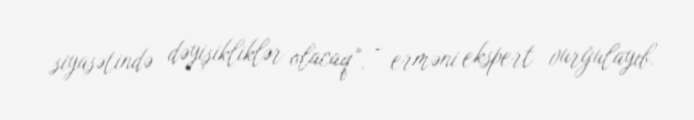
siyasətində dəyişikliklər olacaq”, - erməni ekspert vurğulayıb.